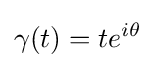
\gamma (t)=te^{i\theta }